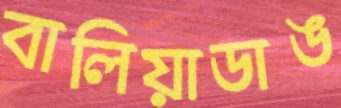
বালিয়াডাঙ